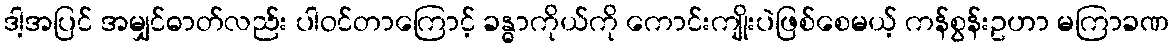
ဒါ့အပြင် အမျှင်ဓာတ်လည်း ပါဝင်တာကြောင့် ခန္ဓာကိုယ်ကို ကောင်းကျိုးပဲဖြစ်စေမယ့် ကန်စွန်းဥဟာ မကြာခဏ